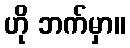
ဟို ဘက်မှာ။